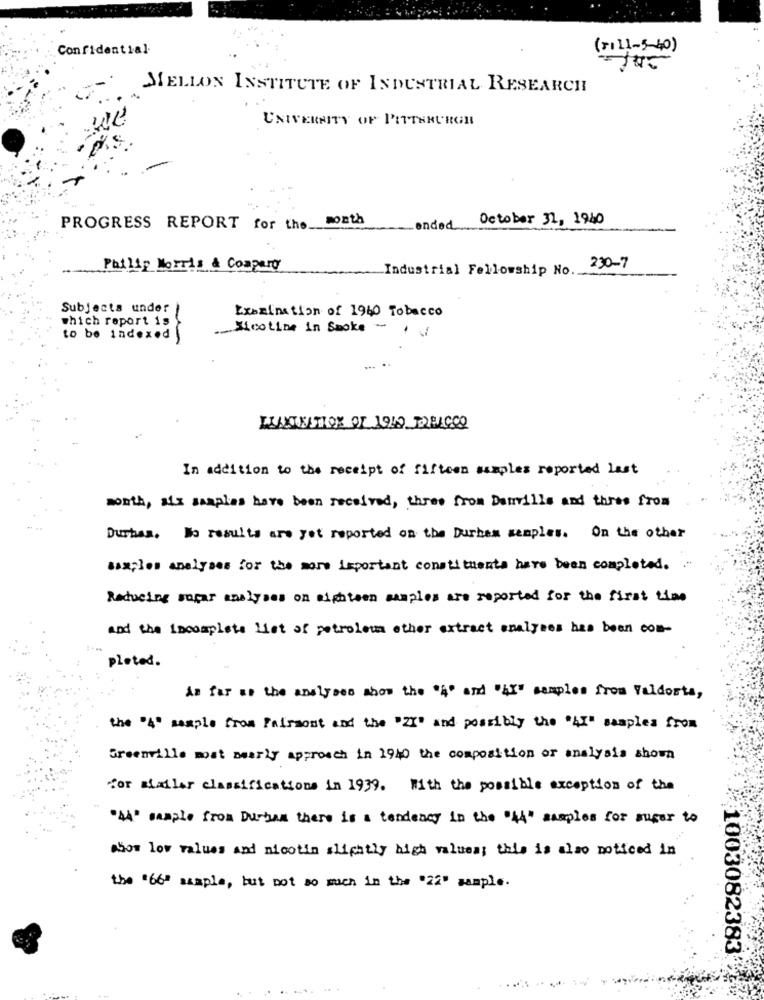
Confidential
(ri11-5-40)
MELLON INSTITUTE OF INDUSTRIAL RESEARCH
UNIVERSITY OF PITTSBURGH
October 31, 1940
PROGRESS REPORT for the month
ended
Philip Morris & Company
Industrial Fellowship No.
230-7
Subjects under
which report is
Examination of 1960 Tobacco
Micotine in Smoke-
to be indexed
... ..
ELANUNTION OF 1940 TOBACCO
In addition to the receipt of fifteen simples reported last
month, aix samples have been received, three from Danville and thres from
Durhas. No results are yet reported on the Durham samples. On the other
sax;les analyses for the more important constituents have been completed. "
Reducing sogar analyses on sightsen samples are reported for the first time
and the iscomplete List of petroleum other extract analyses has been com-
pleted.
As far as the analyses show the '4" and "4X" samples from Valdosta,
the "%" sample from Fairmont and the "ZY" and possibly the "AI" samples from
Greenville most nearly approach in 1940 the composition or analysis shown
for mailer classifications in 1939. With the possible exception of the
.44' sample from Durham there is a tendency in the "44" samples for sugar to
Asos low values and nicotin slightly high valueas this is also noticed in
the "66" sample, but not so much in the "22" sample.
1003082383